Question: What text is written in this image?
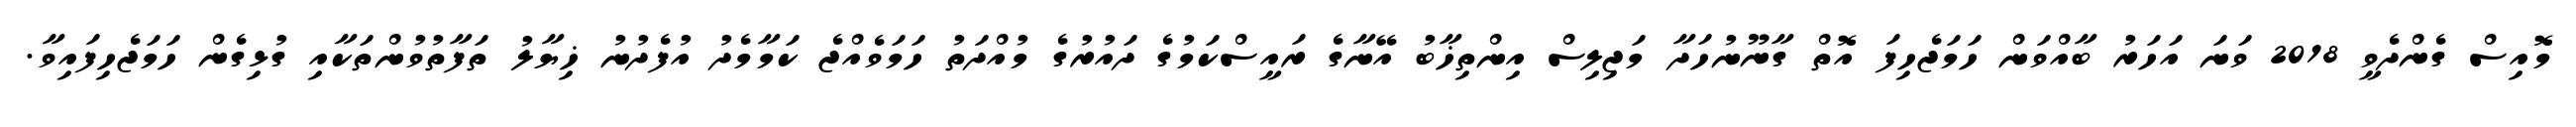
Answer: މޮއިސް ގެންދެވީ 2018 ވަނަ އަހަރު ބާއްވަން ހަމަޖެހިފަ އޮތް ގާނޫނުހަދާ މަޖިލިސް އިންތިޚާބު އޭނާގެ ރައީސްކަމުގެ ދައުރުގެ މުއްދަތު ހަމަވެއްޖެ ކަމާމެދު އުފެދުނު ޚިޔާލު ތަފާތުވުންތަކާއި ގުޅިގެން ހަމަޖެހިފައިވާ.